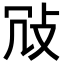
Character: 𢼀